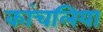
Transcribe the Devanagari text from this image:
कांचलिया